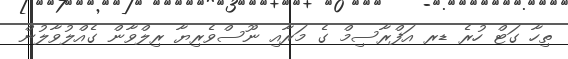
ތިހާ ގަޓް ހުރެ ޑރ އަފްރާސިމް ގެ މަރާއި ނޫސްވެރިޔާ ރިލްވާން ގެއްލުވާލުން